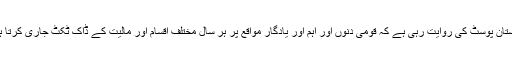
پاکستان پوسٹ کی روایت رہی ہے کہ قومی دنوں اور اہم اور یادگار مواقع پر ہر سال مختلف اقسام اور مالیت کے ڈاک ٹکٹ جاری کرتا ہے۔